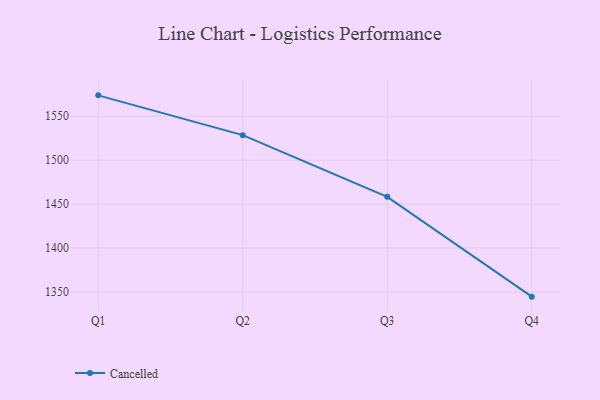
{"axis": {"x": "Quarter", "y": "Gross Profit (USD K)"}, "legend": ["Cancelled"], "data": [{"x": "Q1", "y": 1573.8, "type": "Cancelled"}, {"x": "Q2", "y": 1528.5, "type": "Cancelled"}, {"x": "Q3", "y": 1458.3, "type": "Cancelled"}, {"x": "Q4", "y": 1344.7, "type": "Cancelled"}]}